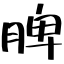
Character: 脾